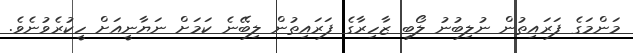
މަންމަގެ ފަރައިތުން ނުލިބުނު ލޯބި ޒާހިރާގެ ފަރައިތުން ލިބޭނެ ކަމަށް ނަޔާނީއަށް ހީކުރެވުނެވެ.